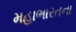
મહાભારતના